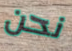
نحن